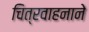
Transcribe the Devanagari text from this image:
चित्रवाहनाने